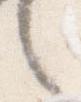
言